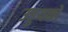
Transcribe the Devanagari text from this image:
उड्डयको